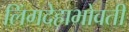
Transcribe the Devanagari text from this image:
लिंगदेहाभोवती